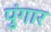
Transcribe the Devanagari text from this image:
पुंगार